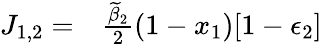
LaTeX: \begin{array}{rl}{J_{1,2}=}&{{}\frac{\widetilde{\beta}_{2}}{2}(1-x_{1})[1-\epsilon_{2}]}\end{array}